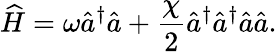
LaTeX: \widehat{H}=\omega\hat{a}^{\dagger}\hat{a}+\frac{\chi}{2}\hat{a}^{\dagger}\hat{a}^{\dagger}\hat{a}\hat{a}.